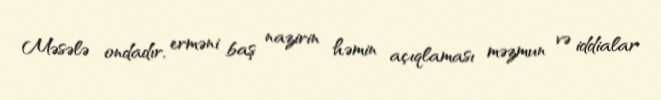
Məsələ ondadır, erməni baş nazirin həmin açıqlaması məzmun və iddialar